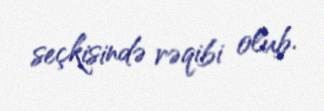
seçkisində rəqibi olub.